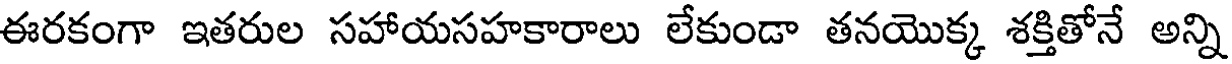
ఈరకంగా ఇతరుల సహాయసహకారాలు లేకుండా తనయొక్క శక్తితోనే అన్ని